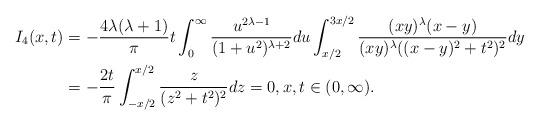
LaTeX: \begin{align*}I_4(x,t)&=-\frac{4\lambda (\lambda +1)}{\pi }t\int_0^\infty \frac{u^{2\lambda -1}}{(1+u^2)^{\lambda +2}}du\int_{x/2}^{3x/2}\frac{(xy)^\lambda (x-y)}{(xy)^\lambda ((x-y)^2+t^2)^2 }dy\\&=-\frac{2t}{\pi}\int_{-x/2}^{x/2}\frac{z}{(z^2+t^2)^2}dz=0,x,t\in (0,\infty ).\end{align*}